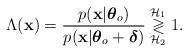
LaTeX: \begin{align*}\Lambda(\mathbf{x})=\frac{p(\mathbf{x}|\boldsymbol{\theta}_o)}{p(\mathbf{x}|\boldsymbol{\theta}_o+\boldsymbol{\delta})}\overset{\mathcal{H}_1}{\underset{\mathcal{H}_2}{\gtrless}}1.\end{align*}